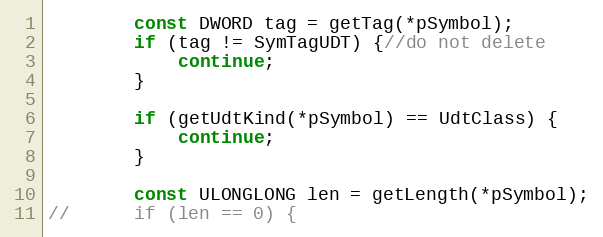
Language: C++
		const DWORD tag = getTag(*pSymbol);
		if (tag != SymTagUDT) {//do not delete
			continue;
		}

		if (getUdtKind(*pSymbol) == UdtClass) {
			continue;
		}

		const ULONGLONG len = getLength(*pSymbol);
//		if (len == 0) {